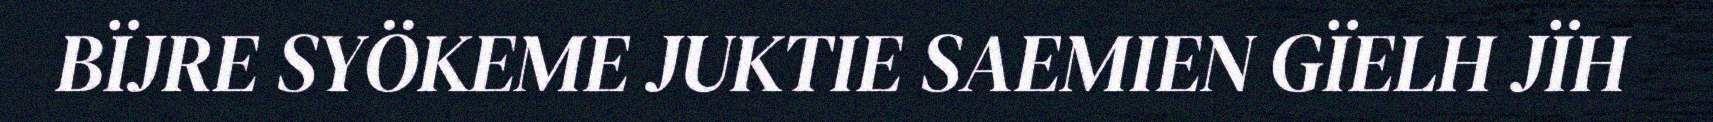
BÏJRE SYÖKEME JUKTIE SAEMIEN GÏELH JÏH